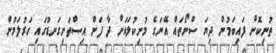
ތުނިކޮށް ފައިބަމުން ދިޔަ ސްނޯތައް އޭނަގެ މުށިކުލައަށް ދާ ފަން އިސްތަށިގަނޑުގައި ހަރުލަމުން